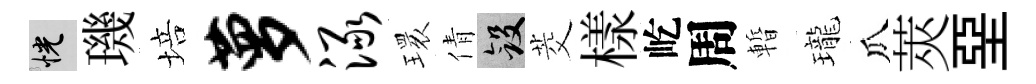
恍璣培萝渌𤨔倩斂茭樣屹周暫瓏瓜莢堊